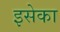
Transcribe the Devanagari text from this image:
इसेका